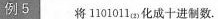
例5 将1101011化成十进制数.